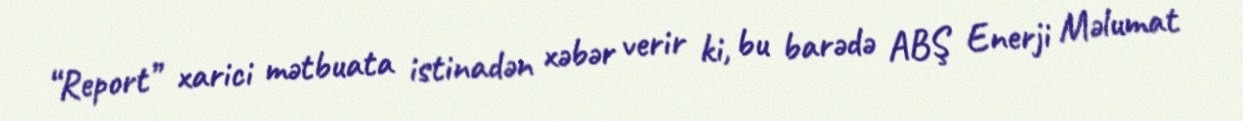
“Report” xarici mətbuata istinadən xəbər verir ki, bu barədə ABŞ Enerji Məlumat